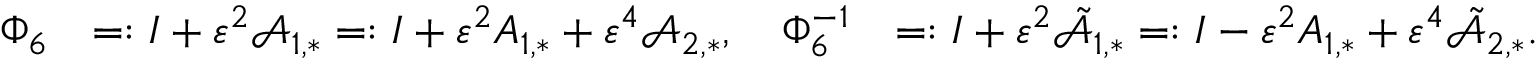
\begin{array} { r l r } { \Phi _ { 6 } } & { = : I + \varepsilon ^ { 2 } \mathcal { A } _ { 1 , * } = : I + \varepsilon ^ { 2 } A _ { 1 , * } + \varepsilon ^ { 4 } \mathcal { A } _ { 2 , * } , \quad \Phi _ { 6 } ^ { - 1 } } & { = : I + \varepsilon ^ { 2 } \tilde { \mathcal { A } } _ { 1 , * } = : I - \varepsilon ^ { 2 } A _ { 1 , * } + \varepsilon ^ { 4 } \tilde { \mathcal { A } } _ { 2 , * } . } \end{array}